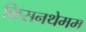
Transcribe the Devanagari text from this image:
क्रिसनथेमम